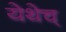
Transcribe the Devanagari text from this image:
येथेच्